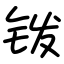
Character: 䥽